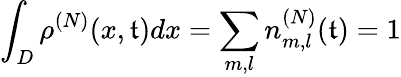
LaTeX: \int_{D}\rho^{(N)}(x,\mathfrak{t})dx=\sum_{m,l}n_{m,l}^{(N)}(\mathfrak{t})=1